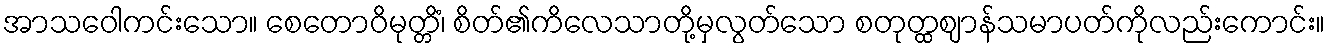
အာသဝေါကင်းသော။ စေတောဝိမုတ္တိံ၊ စိတ်၏ကိလေသာတို့မှလွတ်သော စတုတ္ထဈာန်သမာပတ်ကိုလည်းကောင်း။